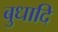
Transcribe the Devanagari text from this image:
बुधादि